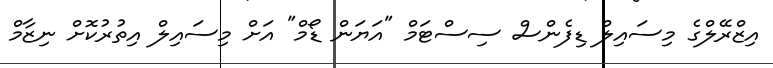
އިޒްރޭލްގެ މިސައިލް ޑިފެންސް ސިސްޓަމް "އަޔަން ޑޯމް" އަށް މިސައިލް އިތުރުކޮށް ނިޒާމް